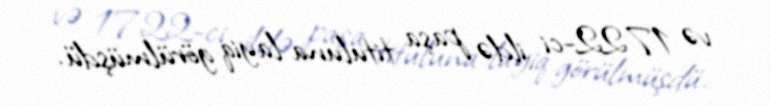
və 1722-ci ildə paşa tituluna layiq görülmüşdü.